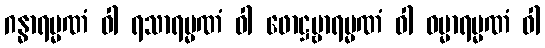
ဂန္ဓာရမ္မဏံ ဝါ ရသာရမ္မဏံ ဝါ ဖောဋ္ဌဗ္ဗာရမ္မဏံ ဝါ ဓမ္မာရမ္မဏံ ဝါ